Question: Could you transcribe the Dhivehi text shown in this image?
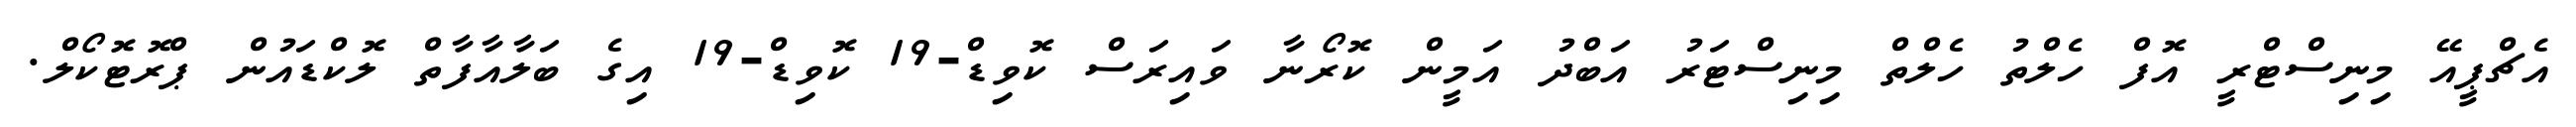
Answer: އެޗްޕީއޭ މިނިސްޓްރީ އޮފް ހެލްތު ހެލްތް މިނިސްޓަރު އަބްދު އަމީން ކޮރޯނާ ވައިރަސް ކޮވިޑް-19 ކޮވިޑް-19 އިގެ ބަލާއާފާތް ލޮކްޑައުން ޕްރޮޓޮކޯލް.